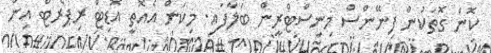
ކޮން ގޮތަކުން ފިނޭންސް މިނިސްޓްރީން ބަލާފައި. މިކަން އެެއޮތީ އޮޑިޓް ރިޕޯރޓް އިން